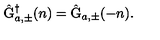
\hat { \mathrm { G } } _ { a , \pm } ^ { \dagger } ( n ) = \hat { \mathrm { G } } _ { a , \pm } ( - n ) .